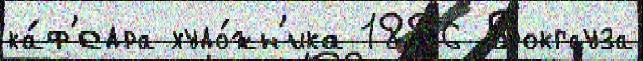
ка́ф'едра худо́жн'ика 1886 Брокгауза